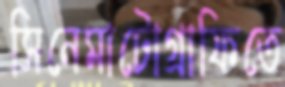
সিনেমাটোগ্রাফিতে